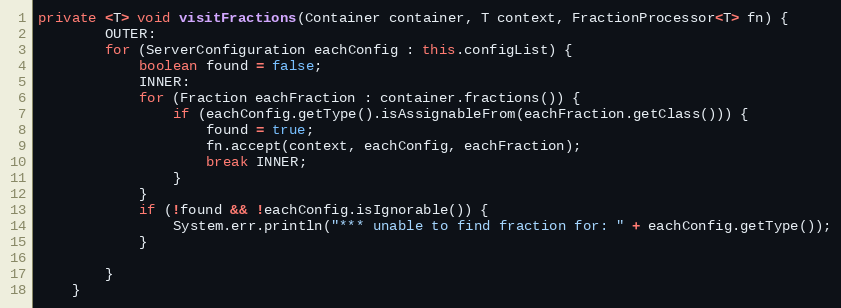
Language: Java
private <T> void visitFractions(Container container, T context, FractionProcessor<T> fn) {
        OUTER:
        for (ServerConfiguration eachConfig : this.configList) {
            boolean found = false;
            INNER:
            for (Fraction eachFraction : container.fractions()) {
                if (eachConfig.getType().isAssignableFrom(eachFraction.getClass())) {
                    found = true;
                    fn.accept(context, eachConfig, eachFraction);
                    break INNER;
                }
            }
            if (!found && !eachConfig.isIgnorable()) {
                System.err.println("*** unable to find fraction for: " + eachConfig.getType());
            }

        }
    }